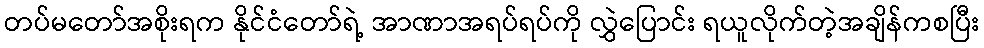
တပ်မတော်အစိုးရက နိုင်ငံတော်ရဲ့ အာဏာအရပ်ရပ်ကို လွှဲပြောင်း ရယူလိုက်တဲ့အချိန်ကစပြီး